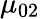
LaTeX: \mu_{02}